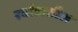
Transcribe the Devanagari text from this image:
रवांडातील